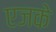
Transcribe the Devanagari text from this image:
एजके